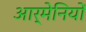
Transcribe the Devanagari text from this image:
आर्मेनियों